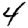
Digit: 4